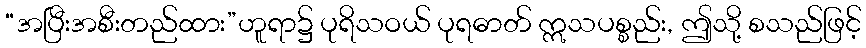
“အပြီးအစီးတည်ထား”ဟူရာ၌ ပုရိသဝယ် ပုရဓာတ် ဣသပစ္စည်း, ဤသို့ စသည်ဖြင့်